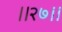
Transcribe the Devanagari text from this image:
।।२७।।